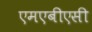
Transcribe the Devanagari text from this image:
एमएबीएसी